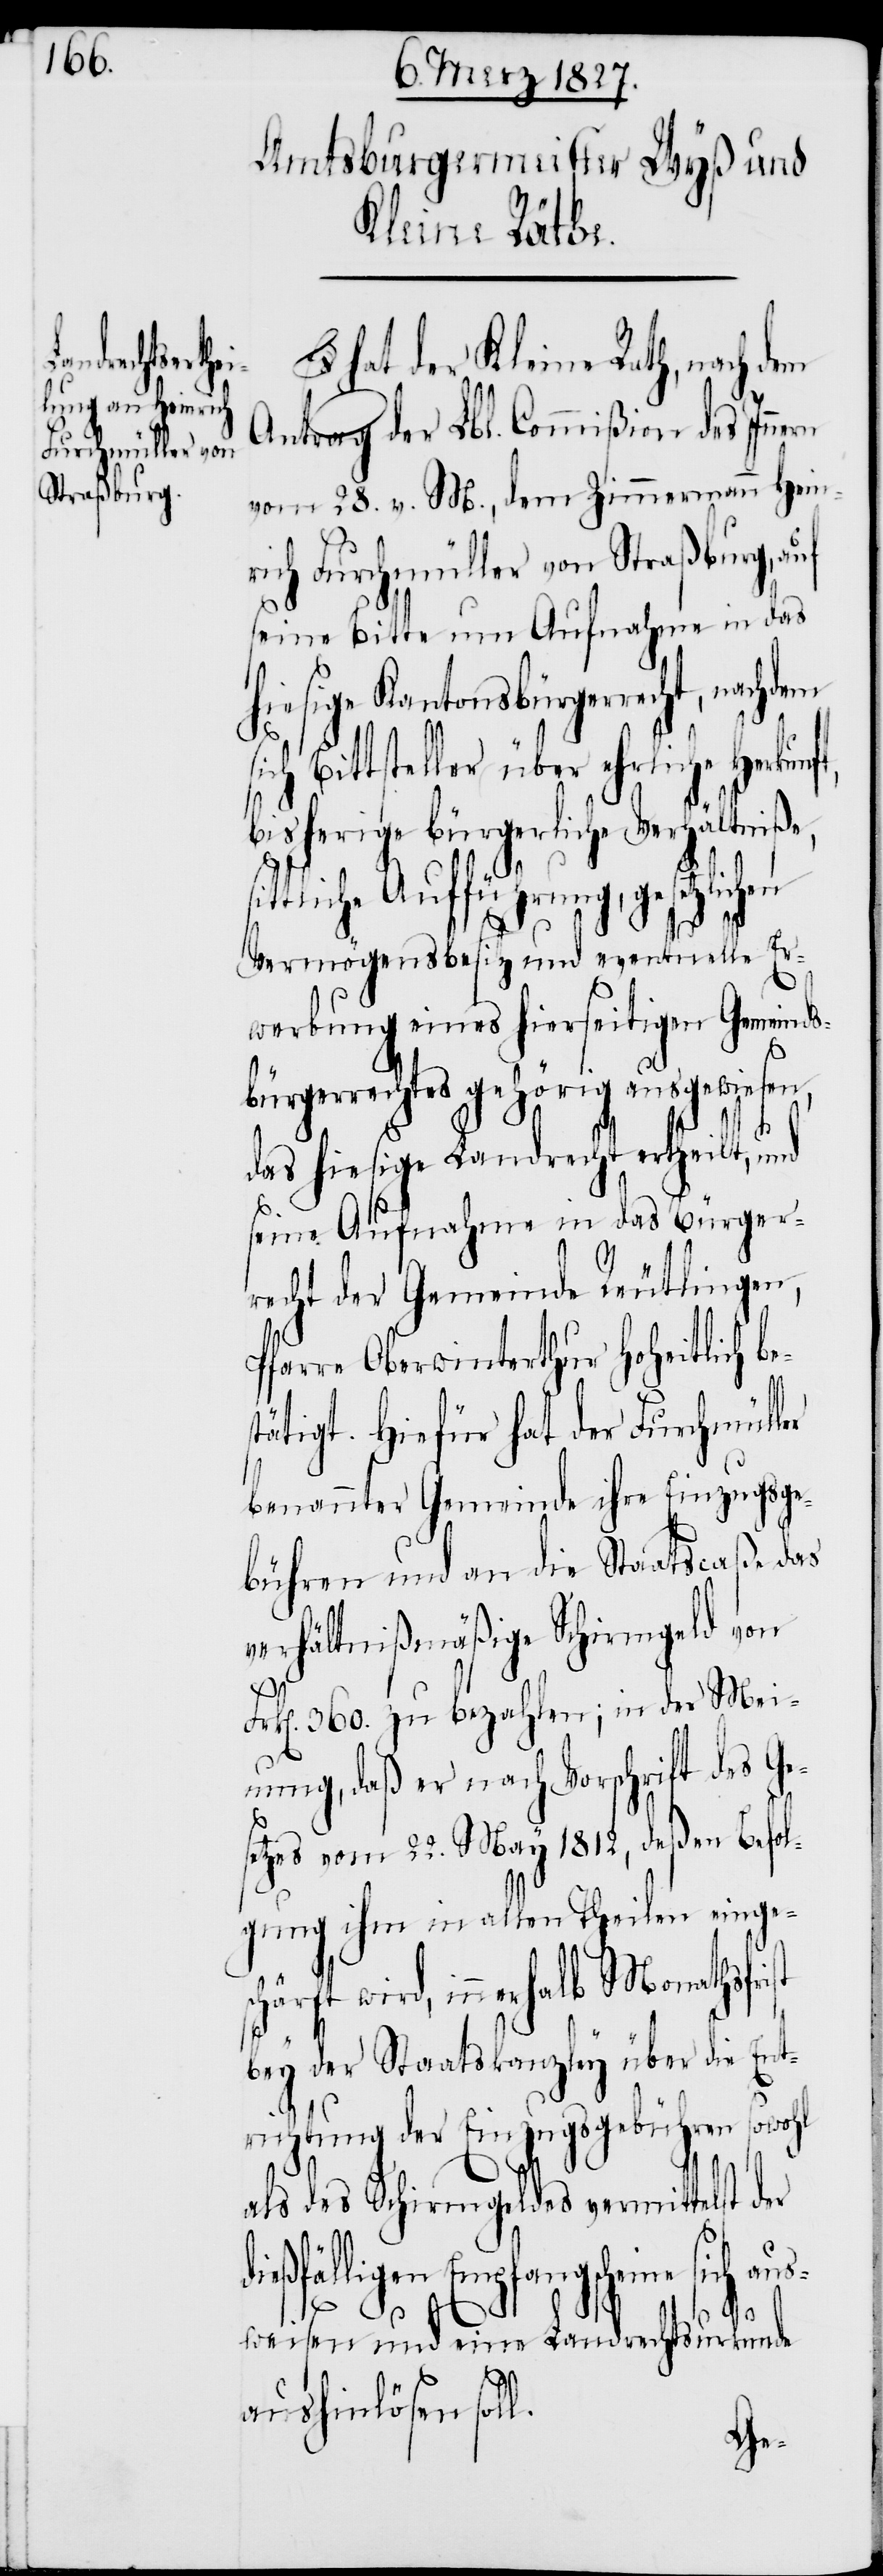
Es hat der Kleine Rath, nach dem
Antrag der Lbl. Commißion des Innern
vom 28. v. M., dem Zimmermann Hein¬
rich Furchmüller von Straßburg, auf
seine Bitte um Aufnahme in das
hiesige Kantonsbürgerrecht, nachdem
Bittsteller über ehrliche Herkun¬
bisherige bürgerliche Verhältniße,
sittliche Aufführung, gesetzlichen
d¬
Vermögensbesitz und eventuelle Er¬
werbung eines hierseitigen Gemeinds¬
bürgerrechtes gehörig ausgewiesen,
das hiesige Landrecht ertheilt, und
seine Aufnahme in das Bürger¬
recht der Gemeinde Reutlingen,
Pfarre Oberwinterthur Hoheitlich b¬
tätigt. Hiefür hat der Furchmüller
benannter Gemeinde ihre Einzugsge¬
bühren und an die Staatscaße das
verhältnißmäßige Schirmgeld von
k[en]. 360. zu bezahlen; in der Mei¬
nung, daß er nach Vorschrift des Ge¬
setzes vom 22. Mey 1812, deßen Befol¬
gung ihm in allen Theilen einge¬
schärft wird, innerhalb Monathsfr¬
bey der Staatskanzley über die Ent¬
richtung der Einzugsgebühren sowohl
l.
als des Schirmgeldes vermittelst der
ießfälligen Empfangsscheine sich
weisen und eine Landrechtsurkunde
aushinlösen sol¬